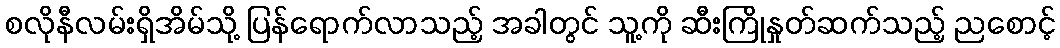
စလိုနီလမ်းရှိအိမ်သို့ ပြန်ရောက်လာသည့် အခါတွင် သူ့ကို ဆီးကြိုနှုတ်ဆက်သည့် ညစောင့်